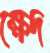
ক্ষেদ